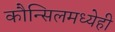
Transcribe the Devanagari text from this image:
कौन्सिलमध्येही